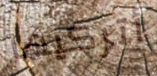
أتركيها